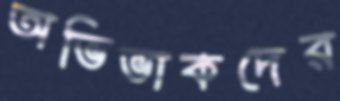
অভিভাকদের